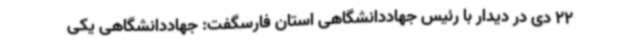
22 دی‌ در دیدار با رئیس جهاددانشگاهی استان فارسگفت: جهاددانشگاهی یکی